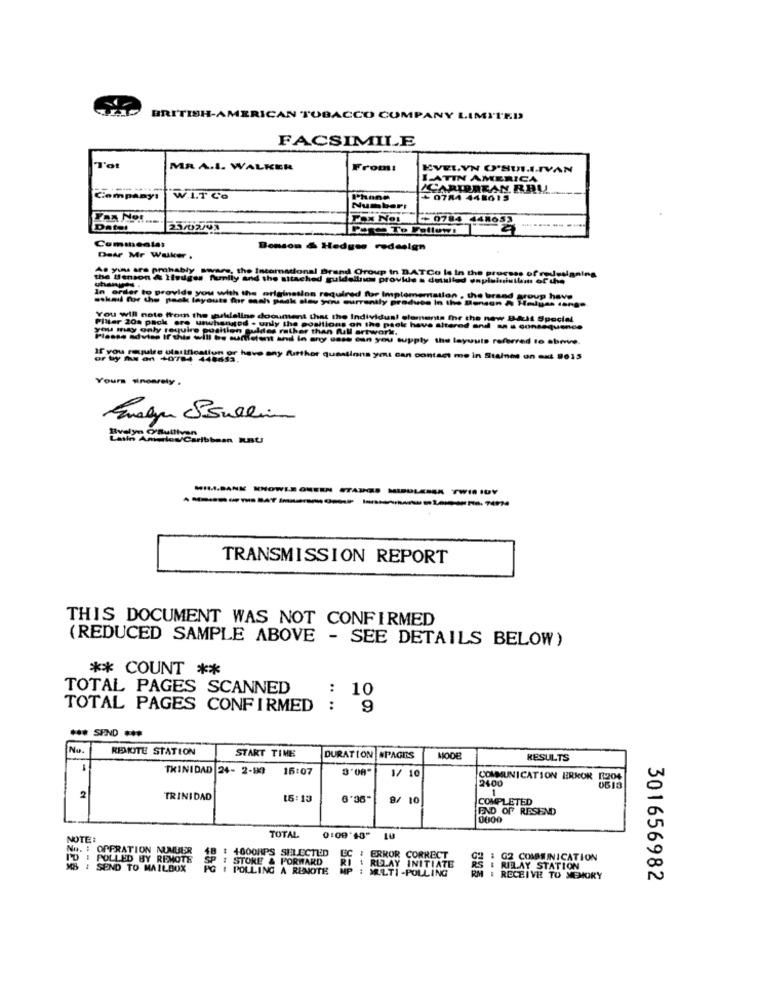
BRITISH-AMERICAN TOBACCO COMPANY LIMITED
FACSIMILE
Tot
MR A.I. WALKER
From:
EVELYN O'SULLIVAN
LATIN AMERICA
----
CARIBBEAN. RAL
Companys
W.I.T Co
+ 0784 448615
Number:
WAS Not.
Fox Nos +0784 448053
Dates
Benson & Hedges redesign
Dear Mr Walker ,
the Benson & Hedges family and the attached guldellnos provkle a detailed onpluiniullet of the
As yunus are probably sware, the International Brand Group in DATCo la in the process of redesigning
uhany
In order to provide you with the originsslon required for Implementation , the brand group have
asked for the pack layouts for cash peak slev you currently produse In the Benson & Haluss lange
You will note from the guideline document that the Individual elements for the now Ball Special
Pliter 20a pack ore uwwwhangod . only the positions on the pack have altered and M s consequen
you may only require position guides rather than full artwork.
Please advise If this will be suntistent and in any case can you supply the layouts referred to shove.
or by me an Againstushave any further questions you can contact me in Staines on aut 9615
Yours sincerely .
Evelyn Ssulla
Date Amlou/Caribbean RBU
TRANSMISSION REPORT
THIS DOCUMENT WAS NOT CONFIRMED
(REDUCED SAMPLE ABOVE - SEE DETAILS BELOW)
** COUNT **
TOTAL PAGES SCANNED
: 10
TOTAL PAGES CONFIRMED
:
9
*** SPND ***
No.
REDITE STATION
START TIME
DURATION MPAGES
MODE
RESULTS
TRINIDAD 24- 2-89
16:07
1/ 10
COMMUNICATION ERROR [204
2400
1
2
TRINIDAD
16:13
9/ 10
COMPLETED
END OF RESEND
0000
NOTE:
TOTAL
No. : OPPRATION NUMBER
# 4600HPS SELECTED
I'D : POLLED BY REMOTE
STORE & FORWARD
# ERROR CORRECT
RELAY INITIATE
2 : G2 COMMUNICATION
MB : SEND TO MAILBOX
G I POLLING A REMOTE
: MULTI -POLLING
RS
RIB.AY STATION
M : RECEIVE TO MEMORY
301656982